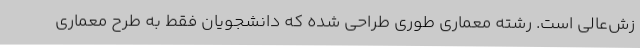
زش‌عالی است. رشته معماری طوری طراحی شده که دانشجویان فقط به طرح معماری